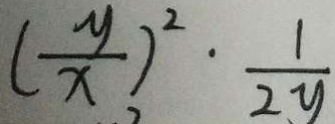
( \frac { y } { x } ) ^ { 2 } \cdot \frac { 1 } { 2 y }